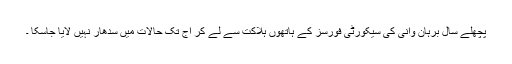
پچھلے سال برہان وانی کی سیکورٹی فورسز کے ہاتھوں ہلاکت سے لے کر آج تک حالات میں سدھار نہیں لایا جاسکا ۔